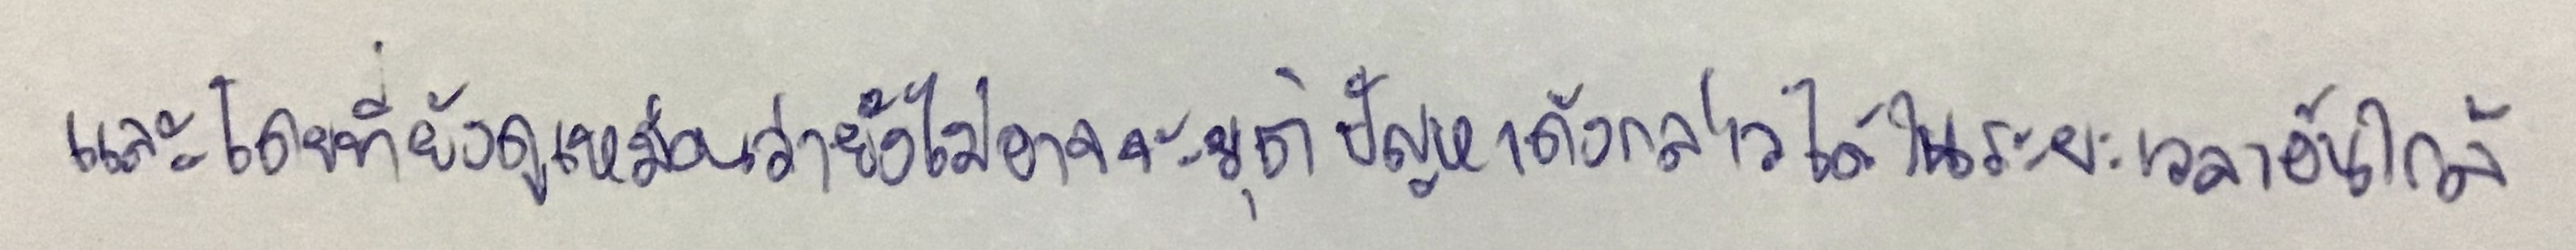
และโดยที่ยังดูเหมือนว่ายังไม่อาจจะยุติปัญหาดังกล่าวได้ในระยะเวลาอันใกล้